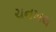
ચનખલ